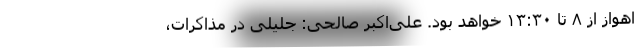
اهواز از ۸ تا ۱۳:۳۰ خواهد بود. علی‌اکبر صالحی: جلیلی در مذاکرات،